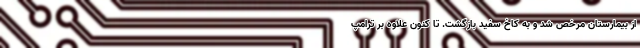
از بیمارستان مرخص شد و به کاخ سفید بازگشت. تا کنون علاوه بر ترامپ